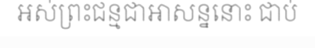
អស់ព្រះជន្មជាអាសន្ននោះ ជាប់